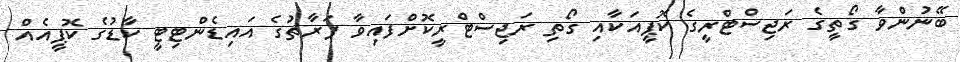
ބޭނުންވާ ގޯތީގެ ރަޖިސްޓްރީގެ ކޮޕީއަކާއި ގޯތި ރަޖިސްޓްރީކޮށްފައިވާ ފަރާތުގެ އައިޑެންޓިޓީ ކާޑުގެ ކޮޕީއެއް